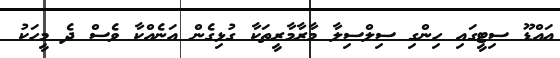
އައްޑޫ ސިޓީގައި ހިންގި ސިލްސިލާ މާރާމާރީތަކާ ގުޅިގެން އަނެއްކާ ވެސް ދެ މީހަކު